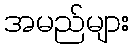
အမည်များ